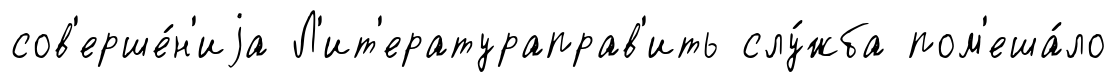
сов'ерше́н'иjа Л'ит'ератураправ'ить слу́жба пом'еша́ло